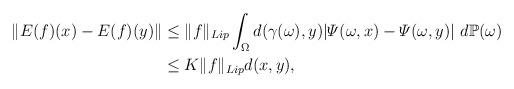
LaTeX: \begin{align*}\|E(f)(x) - E(f)(y)\| &\leq \|f\|_{Lip}\int_\Omega d(\gamma(\omega),y)|\varPsi(\omega, x) - \varPsi(\omega, y)| \ d\mathbb{P}(\omega)\\ & \leq K \|f\|_{Lip}d(x,y),\end{align*}